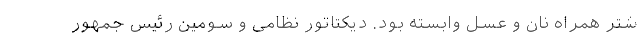
شتر همراه نان و عسل وابسته بود. دیکتاتور نظامی و سومین رئیس جمهور